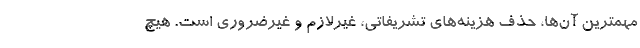
مهمترین آن‌ها، حذف هزینه‌های تشریفاتی، غیرلازم و غیرضروری است. هیچ